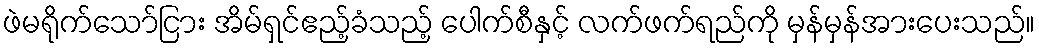
ဖဲမရိုက်သော်ငြား အိမ်ရှင်ဧည့်ခံသည့် ပေါက်စီနှင့် လက်ဖက်ရည်ကို မှန်မှန်အားပေးသည်။